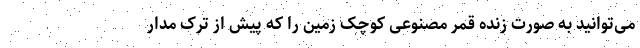
می‌توانید به صورت زنده قمر مصنوعی کوچک زمین را که پیش از ترک مدار